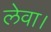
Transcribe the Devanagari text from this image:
लेवा।